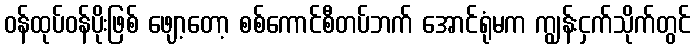
ဝန်ထုပ်ဝန်ပိုးဖြစ် ဖျော့တော့ စစ်ကောင်စီတပ်ဘက် အောင်ရုံမက ကျွန်းငှက်သိုက်တွင်